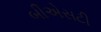
બીએસટી